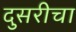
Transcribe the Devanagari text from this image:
दुसरीचा